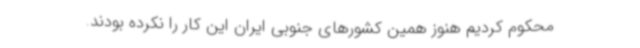
محکوم کردیم هنوز همین کشورهای جنوبی ایران این کار را نکرده بودند.